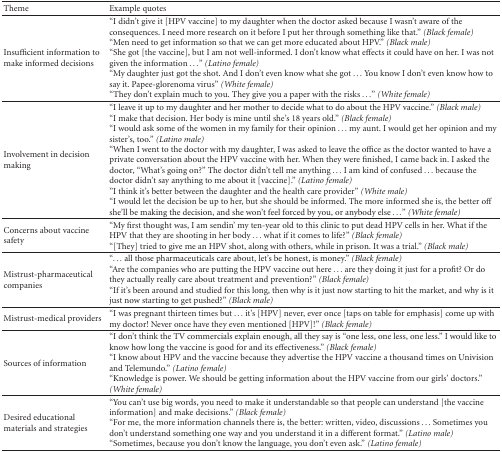
<table><thead><tr><td><b>Theme</b></td><td><b>Example quotes</b></td></tr></thead><tbody><tr><td>Insufficient information to make informed decisions</td><td>“I didn&#x27;t give it [HPV vaccine] to my daughter when the doctor asked because I wasn&#x27;t aware of the consequences. I need more research on it before I put her through something like that.” <i>(Black female) </i>“Men need to get information so that we can get more educated about HPV.” <i>(Black male) </i>“She got [the vaccine], but I am not well-informed. I don&#x27;t know what effects it could have on her. I was not given the information ...” <i>(Latino female) </i>“My daughter just got the shot. And I don&#x27;t even know what she got ... You know I don&#x27;t even know how to say it. Papee-glorenoma virus” <i>(White female) </i>“They don&#x27;t explain much to you. They give you a paper with the risks ...” <i>(White female) </i></td></tr><tr><td>Involvement in decision making</td><td>“I leave it up to my daughter and her mother to decide what to do about the HPV vaccine.” <i>(Black male) </i>“I make that decision. Her body is mine until she&#x27;s 18 years old.” <i>(Black female) </i>“I would ask some of the women in my family for their opinion ... my aunt. I would get her opinion and my sister&#x27;s, too.” <i>(Latino male) </i>“When I went to the doctor with my daughter, I was asked to leave the office as the doctor wanted to have a private conversation about the HPV vaccine with her. When they were finished, I came back in. I asked the doctor, “What&#x27;s going on?” The doctor didn&#x27;t tell me anything ... I am kind of confused ... because the doctor didn&#x27;t say anything to me about it [vaccine].” <i>(Latino female) </i>&quot;I think it&#x27;s better between the daughter and the health care provider” <i>(White male) </i>“I would let the decision be up to her, but she should be informed. The more informed she is, the better off she&#x27;ll be making the decision, and she won&#x27;t feel forced by you, or anybody else ...” <i>(White female) </i></td></tr><tr><td>Concerns about vaccine safety</td><td>“My first thought was, I am sendin&#x27; my ten-year old to this clinic to put dead HPV cells in her. What if the HPV that they are shooting in her body ... what if it comes to life?” <i>(Black female) </i>“[They] tried to give me an HPV shot, along with others, while in prison. It was a trial.” <i>(Black male) </i></td></tr><tr><td>Mistrust-pharmaceutical companies</td><td>“... all those pharmaceuticals care about, let&#x27;s be honest, is money.” <i>(Black female) </i>“Are the companies who are putting the HPV vaccine out here ... are they doing it just for a profit? Or do they actually really care about treatment and prevention?” <i>(Black female) </i>“If it&#x27;s been around and studied for this long, then why is it just now starting to hit the market, and why is it just now starting to get pushed?” <i>(Black male) </i></td></tr><tr><td>Mistrust-medical providers</td><td>“I was pregnant thirteen times but ... it&#x27;s [HPV] never, ever once [taps on table for emphasis] come up with my doctor! Never once have they even mentioned [HPV]!” <i>(Black female) </i></td></tr><tr><td>Sources of information</td><td>“I don&#x27;t think the TV commercials explain enough, all they say is “one less, one less, one less.” I would like to know how long the vaccine is good for and its effectiveness.” <i>(Black female) </i>“I know about HPV and the vaccine because they advertise the HPV vaccine a thousand times on Univision and Telemundo.” <i>(Latino female) </i>“Knowledge is power. We should be getting information about the HPV vaccine from our girls&#x27; doctors.” <i>(White female) </i></td></tr><tr><td>Desired educational materials and strategies</td><td>“You can&#x27;t use big words, you need to make it understandable so that people can understand [the vaccine information] and make decisions.” <i>(Black female) </i>“For me, the more information channels there is, the better: written, video, discussions...Sometimes you don&#x27;t understand something one way and you understand it in a different format.” <i>(Latino male) </i>“Sometimes, because you don&#x27;t know the language, you don&#x27;t even ask.” <i>(Latino female) </i></td></tr></tbody></table>